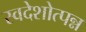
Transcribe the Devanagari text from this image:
स्वदेशोत्पन्न